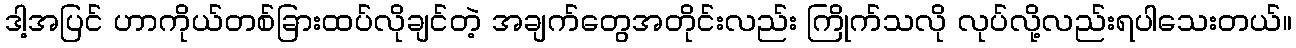
ဒါ့အပြင် ဟာကိုယ်တစ်ခြားထပ်လိုချင်တဲ့ အချက်တွေအတိုင်းလည်း ကြိုက်သလို လုပ်လို့လည်းရပါသေးတယ်။